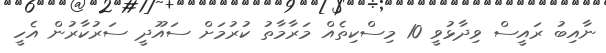
ނާއިބު ރައީސް ވިދާޅުވީ 10 މިސްކިތެއް މަރާމާތު ކުރުމަށް ސައޫދީ ސަރުކާރުން އެހީ